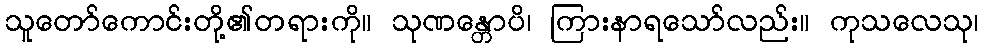
သူတော်ကောင်းတို့၏တရားကို။ သုဏန္တောပိ၊ ကြားနာရသော်လည်း။ ကုသလေသု၊